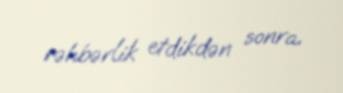
rəhbərlik etdikdən sonra.